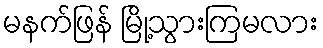
မနက်ဖြန် မြို့သွားကြမလား